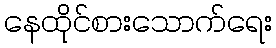
နေထိုင်စားသောက်ရေး